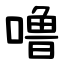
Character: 噜